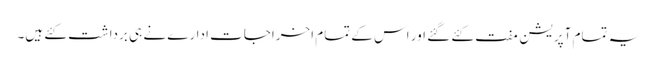
یہ تمام آپریشن مفت کئے گئے اور اس کے تمام اخراجات ادارے نے ہی برداشت کئے ہیں۔